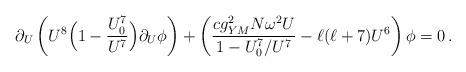
LaTeX: \begin{align*}\partial_U\left(U^8\Big(1 - {U_0^7 \over U^7}\Big)\partial_U\phi\right)+ \left({c g_{YM}^2 N \omega^2 U \over 1 - U_0^7/U^7} - \ell(\ell+7)U^6\right)\phi = 0\,.\end{align*}